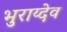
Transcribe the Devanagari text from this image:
भुराय्देव